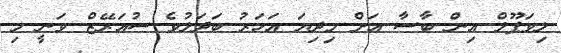
ލިވަޕޫލް އިން ބާސާ އަށް މިދިޔަ އަހަރު ބަދަލުވެ ސުއަރޭޒް ވަނީ މި